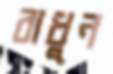
বাধুন